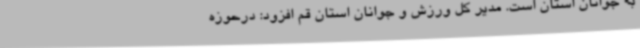
به جوانان استان است. مدیر کل ورزش و جوانان استان قم افزود: درحوزه